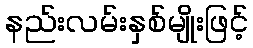
နည်းလမ်းနှစ်မျိုးဖြင့်